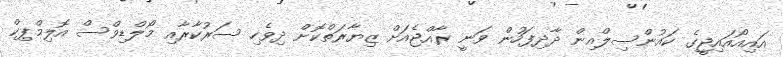
އައިއޯއައިޖީގެ ކައުންސިލްއިން ދާދިފަހުން ވަނީ ރާއްޖެއަށް ޒިޔާރަތްކޮށް ދިވެހި ސަރުކާރާއި މޯލްޑިވްްސް އޮލިމްޕިކް